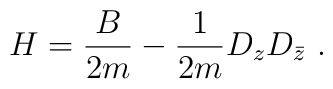
H = \frac{B}{2m} - \frac{1}{2m} D_z D_{\bar z}\ .